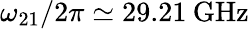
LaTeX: \omega_{21}/2\pi\simeq 29.21\: \mathrm{GHz}